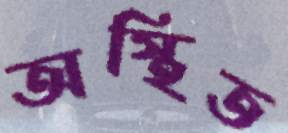
অস্থিত